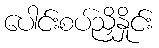
ပေါင်းစပ်ညှိနှိုင်း